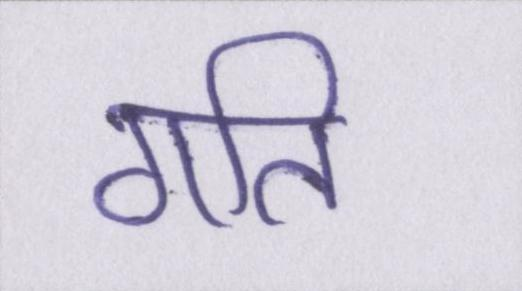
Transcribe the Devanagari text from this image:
गति